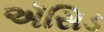
ઍસિડ